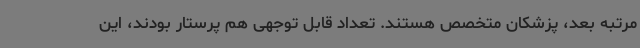
مرتبه بعد، پزشکان متخصص هستند. تعداد قابل توجهی هم پرستار بودند، این